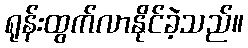
ရုန်းထွက်လာနိုင်ခဲ့သည်။